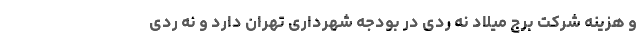
و هزینه شرکت برج میلاد نه ردی در بودجه شهرداری تهران دارد و نه ردی